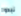
نبدوا